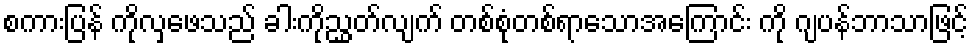
စကားပြန် ကိုလှဖေသည် ခါးကိုညွှတ်လျက် တစ်စုံတစ်ရာသောအကြောင်း ကို ဂျပန်ဘာသာဖြင့်